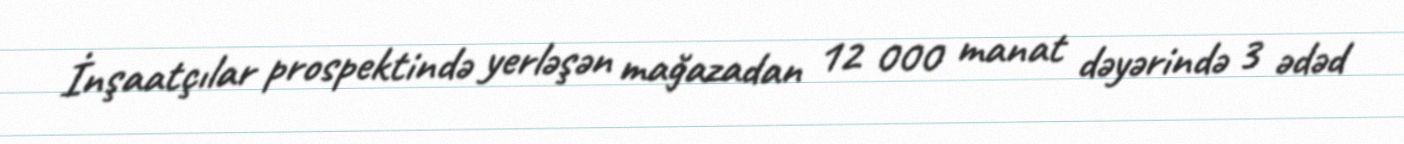
İnşaatçılar prospektində yerləşən mağazadan 12 000 manat dəyərində 3 ədəd